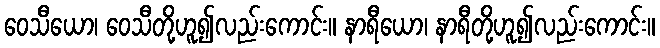
ဝေသီယော၊ ဝေသီတို့ဟူ၍လည်းကောင်း။ နာရီယော၊ နာရီတို့ဟူ၍လည်းကောင်း။